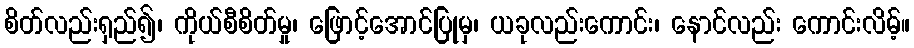
စိတ်လည်းရှည်၍၊ ကိုယ်စီစိတ်မှု၊ ဖြောင့်အောင်ပြုမှ၊ ယခုလည်းကောင်း၊ နောင်လည်း ကောင်းလိမ့်။